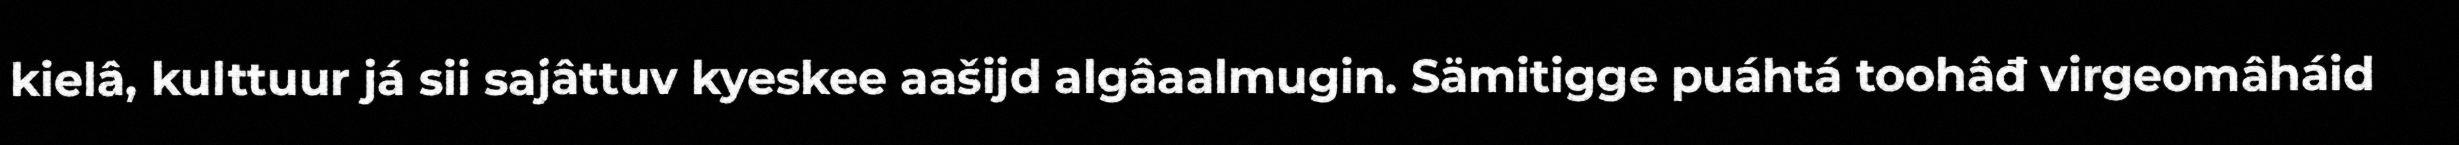
kielâ, kulttuur já sii sajâttuv kyeskee aašijd algâaalmugin. Sämitigge puáhtá toohâđ virgeomâháid